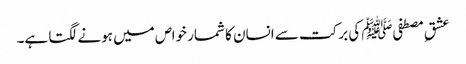
عشقِ مصطفیﷺ کی برکت سے انسان کا شمار خواص میں ہونے لگتا ہے۔